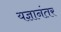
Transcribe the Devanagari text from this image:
यज्ञानंतर